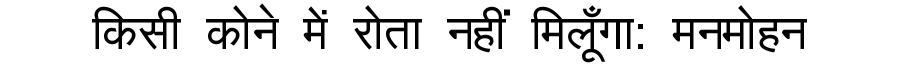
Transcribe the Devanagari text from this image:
किसी कोने में रोता नहीं मिलूँगा: मनमोहन